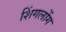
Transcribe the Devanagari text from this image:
शिंगलोंग